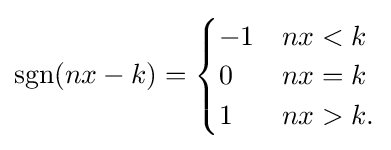
\operatorname {sgn}(nx-k)={\begin{cases}-1&nx<k\\0&nx=k\\1&nx>k.\end{cases}}